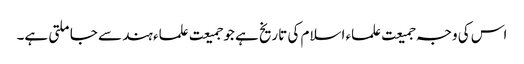
اس کی وجہ جمیعت علماء اسلام کی تاریخ ہے جو جمیعت علماء ہند سے جا ملتی ہے۔